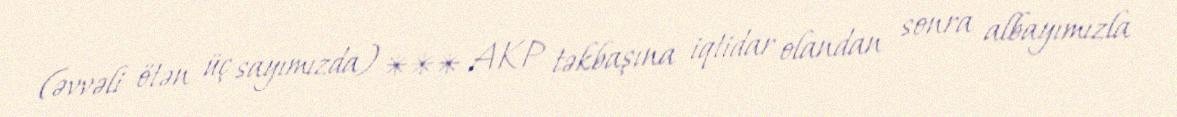
(əvvəli ötən üç sayımızda) *** AKP təkbaşına iqtidar olandan sonra albayımızla